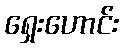
ရှေးဟောင်း